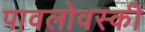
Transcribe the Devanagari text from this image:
पावलोवस्की